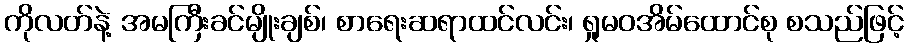
ကိုလတ်နဲ့ အမကြီးခင်မျိုးချစ်၊ စာရေးဆရာထင်လင်း၊ ရှုမဝအိမ်ထောင်စု စသည်ဖြင့်